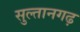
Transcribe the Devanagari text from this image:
सुल्तानगढ़